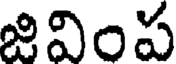
జివింప